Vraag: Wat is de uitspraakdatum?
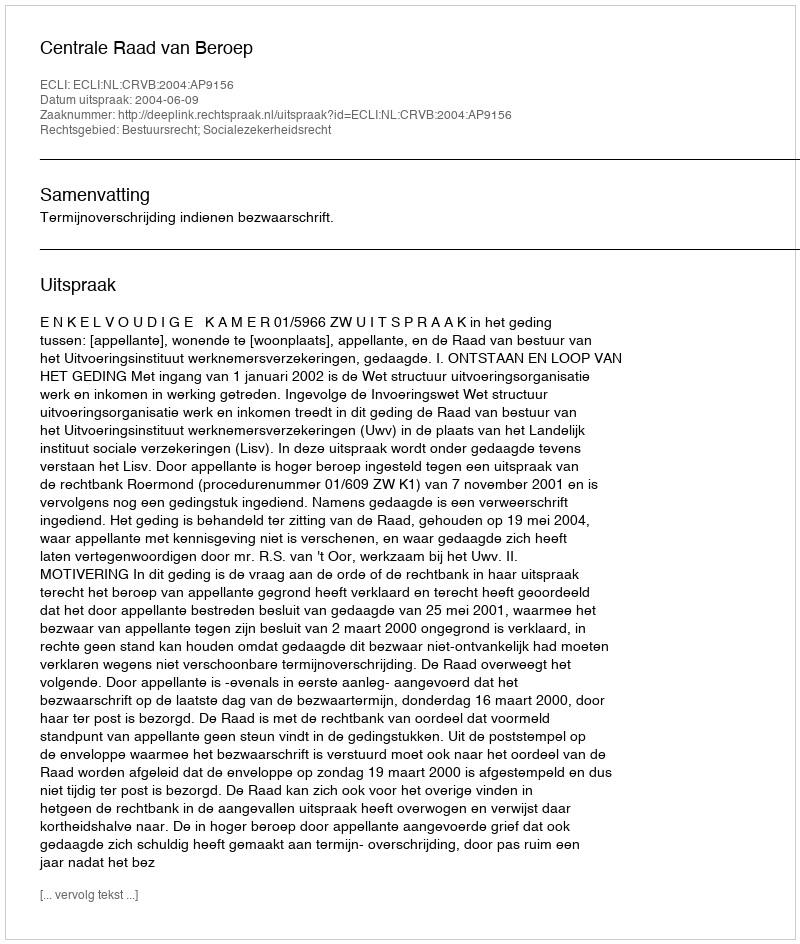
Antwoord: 2004-06-09